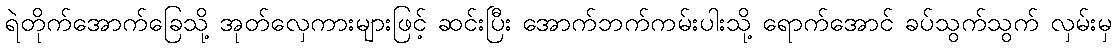
ရဲတိုက်အောက်ခြေသို့ အုတ်လှေကားများဖြင့် ဆင်းပြီး အောက်ဘက်ကမ်းပါးသို့ ရောက်အောင် ခပ်သွက်သွက် လှမ်းမှ